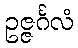
ဥဇ္ဇင်္ဂလံ